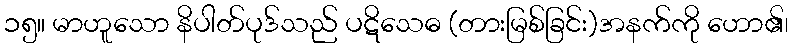
၁၅။ မာဟူသော နိပါတ်ပုဒ်သည် ပဋိသေဓ (တားမြစ်ခြင်း)အနက်ကို ဟော၏၊